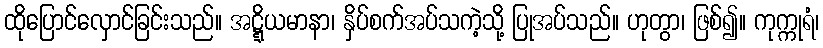
ထိုပြောင်လှောင်ခြင်းသည်။ အဋ္ဋိယမာနာ၊ နှိပ်စက်အပ်သကဲ့သို့ ပြုအပ်သည်။ ဟုတွာ၊ ဖြစ်၍။ ကုက္ကုရံ၊